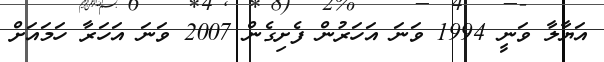
އަޔާލާ ވަނީ 1994 ވަނަ އަހަރުން ފެށިގެން 2007 ވަނަ އަހަރާ ހަމައަށް